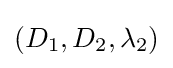
(D_{1},D_{2},\lambda _{2})